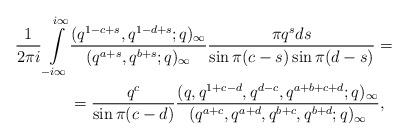
LaTeX: \begin{align*}\frac{1}{2\pi i} \int\limits_{-i\infty}^{i\infty}&\frac{(q^{1-c+s},q^{1-d+s};q)_\infty}{(q^{a+s},q^{b+s};q)_\infty}\frac{\pi q^s ds}{\sin \pi(c-s)\sin\pi(d-s)}=\\&=\frac{q^c}{\sin\pi(c-d)}\frac{(q,q^{1+c-d},q^{d-c},q^{a+b+c+d};q)_\infty}{(q^{a+c},q^{a+d},q^{b+c},q^{b+d};q)_\infty}, \end{align*}